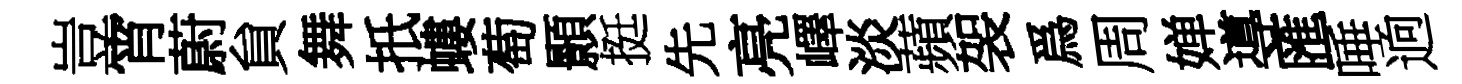
豈宵蔚貟舞扺螻萄顥挺先亮嶧淡蘋袈爲周婵導匯唾逈